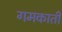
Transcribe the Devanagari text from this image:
गमकाती